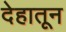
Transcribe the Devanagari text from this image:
देहातून